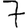
Digit: 7